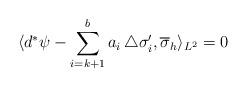
LaTeX: \begin{align*}\langle d^\ast\psi - \sum_{i=k+1}^b{a_i\, \triangle\sigma'_i}, \overline{\sigma}_h\rangle_{L^2}=0\end{align*}